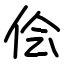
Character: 侩